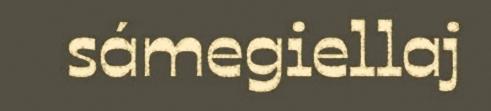
sámegiellaj